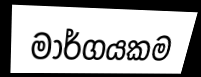
මාර්ගයකම